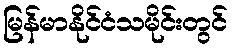
မြန်မာနိုင်ငံသမိုင်းတွင်